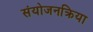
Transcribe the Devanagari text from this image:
संयोजनक्रिया